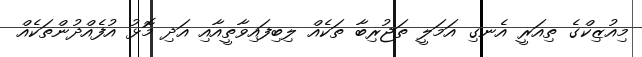
މިއުޒިކްގެ ތިއަރީ އެނގި އަމަލީ ތަޖުރިބާ ތަކެއް ލިބިފައިވާތީއާއި އަދި މޮޅު އުފެއްދުންތަކެއް